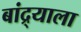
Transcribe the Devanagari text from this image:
बांद्र्याला